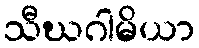
သီဃဂါမိယာ